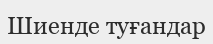
Шиенде туғандар